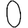
Digit: 0